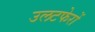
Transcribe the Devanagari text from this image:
उलटफेरों